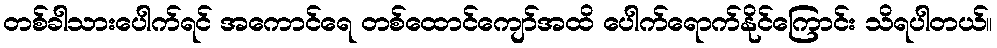
တစ်ခါသားပေါက်ရင် အကောင်ရေ တစ်ထောင်ကျော်အထိ ပေါက်ရောက်နိုင်ကြောင်း သိရပါတယ်။